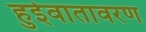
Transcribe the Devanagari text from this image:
हुईवातावरण